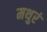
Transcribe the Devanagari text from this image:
मथुरं